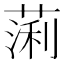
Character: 𫉃